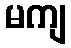
မကျ